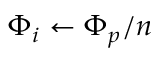
{ \Phi _ { i } } \gets { \Phi _ { p } } / n